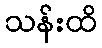
သန်းထိ